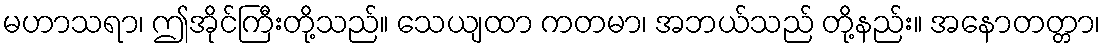
မဟာသရာ၊ ဤအိုင်ကြီးတို့သည်။ သေယျထာ ကတမာ၊ အဘယ်သည် တို့နည်း။ အနောတတ္တာ၊